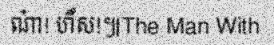
ណា៎! ហឹស!៕The Man With